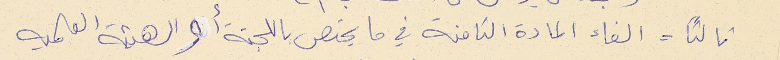
ثالثاً = الغاء المادة الثامنة في ما يخص باللجنة أو الهىئة العلميه